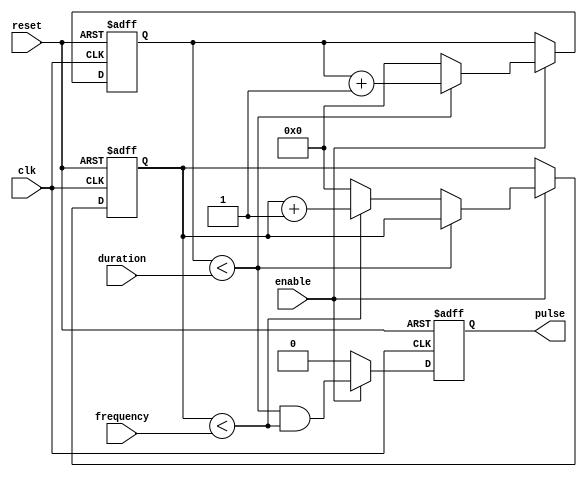
module pulse_generator(
    input wire clk,          // clock signal
    input wire reset,        // reset signal
    input wire enable,       // enable signal
    input wire [15:0] duration,  // duration of the pulse
    input wire [15:0] frequency, // frequency of the pulse
    output reg pulse // output pulse signal
);

reg [15:0] count_duration;  // counter for pulse duration
reg [15:0] count_frequency; // counter for pulse frequency

always @(posedge clk or posedge reset) begin
    if (reset) begin  // reset the counters
        count_duration <= 16'd0;
        count_frequency <= 16'd0;
        pulse <= 1'b0;
    end else if (enable) begin
        if (count_duration < duration) begin
            count_duration <= count_duration + 1;
        end else begin
            count_duration <= 16'd0;
            if (count_frequency < frequency) begin
                count_frequency <= count_frequency + 1;
            end else begin
                count_frequency <= 16'd0;
            end
        end
        pulse <= (count_duration < duration) && (count_frequency < frequency);
    end else begin
        pulse <= 1'b0;
    end
end

endmodule